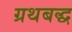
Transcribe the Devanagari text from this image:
ग्रथबद्ध